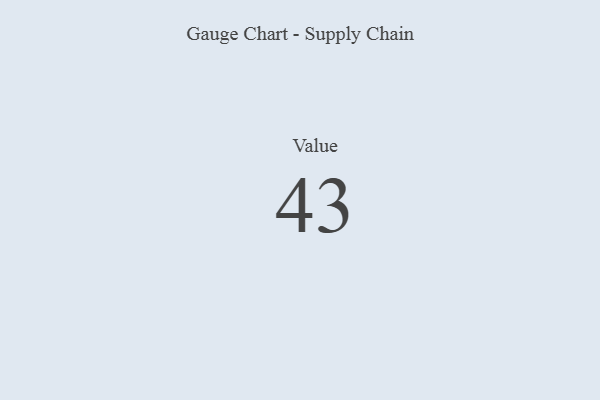
{"axis": {"x": "Metric", "y": "Value"}, "legend": [""], "data": [{"x": "Value", "y": 43, "type": ""}]}